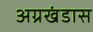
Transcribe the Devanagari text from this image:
अग्रखंडास